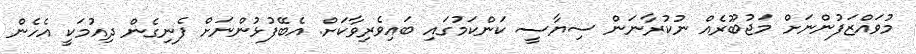
މުވައްޒަފުންނަށް މަޖުބޫރެއް ނުކުރާނަން ސިޔާސީ ކަންކަމުގައި ބައިވެރިވާކަށް. އެބޭފުޅުންނަށް ފެނިގެން ދިއުމަކީ އެހެން